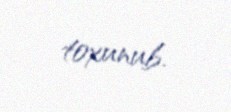
toxunub.